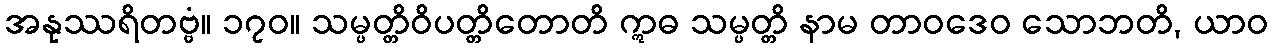
အနုဿရိတဗ္ဗံ။ ၁၇၀။ သမ္ပတ္တိဝိပတ္တိတောတိ ဣဓ သမ္ပတ္တိ နာမ တာဝဒေဝ သောဘတိ, ယာဝ